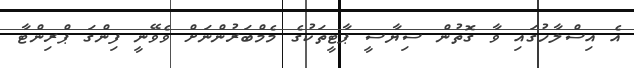
އެ އިސްލާހުގައި ވާ ގޮތުން ސިޔާސީ ޕާޓީތަކުގެ މެމްބަރުންނަށް ވެވޭނީ ފިންގަ ޕްރިންޓާ